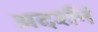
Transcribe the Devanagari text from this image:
अदर्शनं